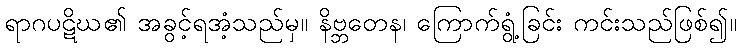
ရာဂပဋိဃ၏ အခွင့်ရအံ့သည်မှ။ နိဗ္ဘတေန၊ ကြောက်ရွံ့ခြင်း ကင်းသည်ဖြစ်၍။